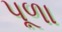
પૂળા